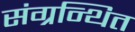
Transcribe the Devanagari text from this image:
संग्रन्थित